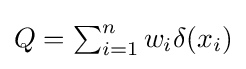
{\textstyle Q=\sum _{i=1}^{n}w_{i}\delta (x_{i})}